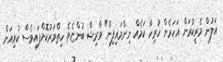
އަލުން މެރީކުރަން އަހަރެން ހުރިހާ ކަމެއް ނިންމައިފިން" ވާރިޝް ބުންޏެވެ. ހިތްވަރުކޮށްފައިވެސް ކުރިއަށް